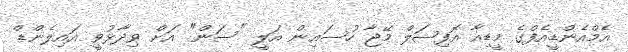
އެމްއެންޑީއެފްގެ މީޑިއާ އޮފިޝަލް މޭޖާ ހުސައިން އަލީ "ސަން" އަށް ވިދާޅުވީ އައިލެންޑް